Document type: Sale
Year: 1461
Scribe: [Unknown]
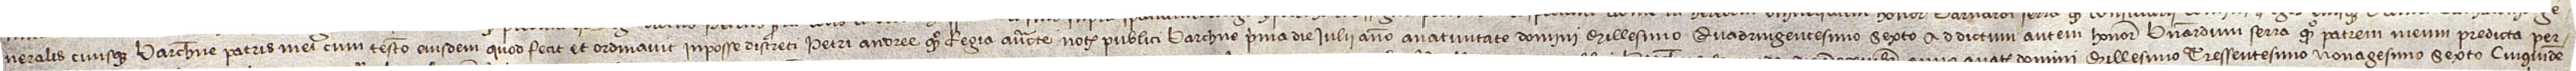
neralis civisque Barchinone, patris mei, cum testamento eiusdem, quod fecit et ordinavit in posse discreti Petri Andree, quondam, regia auctoritate notarii publici Barchinone, prima die iulii, anno a Nativitate Domini millesimo quadringentesimo sexto. Ad dictum autem honorabilem Bernardum Serra, quondam, patrem meum, predicta per-